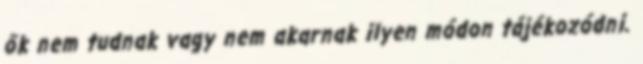
ők nem tudnak vagy nem akarnak ilyen módon tájékozódni.